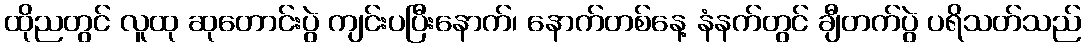
ထိုညတွင် လူထု ဆုတောင်းပွဲ ကျင်းပပြီးနောက်၊ နောက်တစ်နေ့ နံနက်တွင် ချီတက်ပွဲ ပရိသတ်သည်